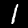
Label: 1